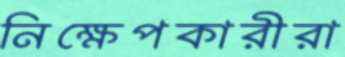
নিক্ষেপকারীরা